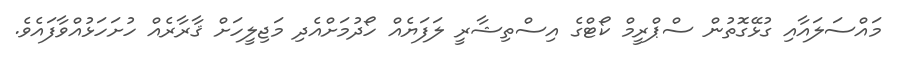
މައްސަލައާއި ގުޅޭގޮތުން ސްޕްރީމް ކޯޓްގެ އިސްތިޝާރީ ލަފަޔެއް ހޯދުމަށްއެދި މަޖިލީހަށް ޤާރާރެއް ހުށަހަޅުއްވާފައެވެ.